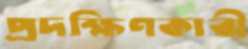
প্রদক্ষিণকারী